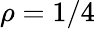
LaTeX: \rho=1/4